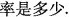
率是多少。